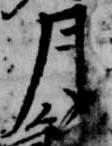
月